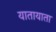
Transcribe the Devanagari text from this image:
यातायाता